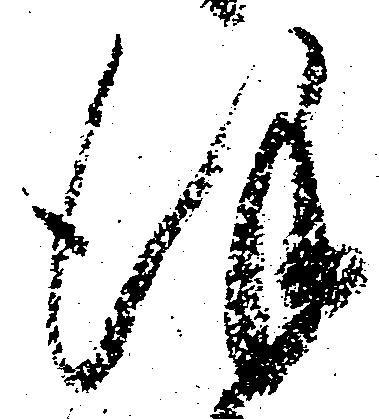
謹